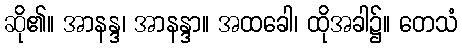
ဆို၏။ အာနန္ဒ၊ အာနန္ဒာ။ အထခေါ၊ ထိုအခါ၌။ တေသံ